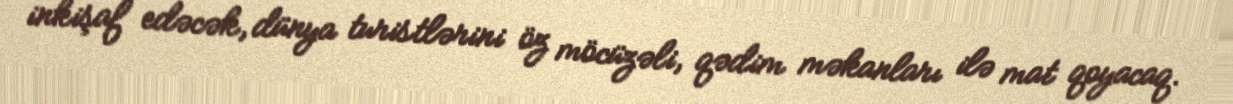
inkişaf edəcək, dünya turistlərini öz möcüzəli, qədim məkanları ilə mat qoyacaq.